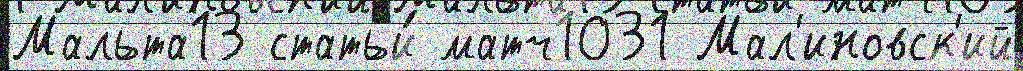
Мальта13 статьи́ матч1031 Мал'иновск'ий